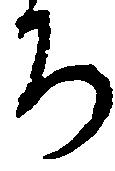
ち